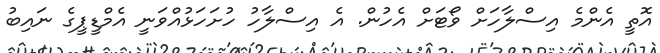
އޮތީ އެންމެ އިސްލާހަށް ވޯޓަށް އެހުން. އެ އިސްލާހު ހުށަހަޅުއްވަނީ އެމްޑީޕީގެ ނައިބު